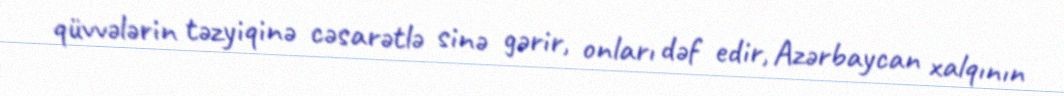
qüvvələrin təzyiqinə cəsarətlə sinə gərir, onları dəf edir, Azərbaycan xalqının